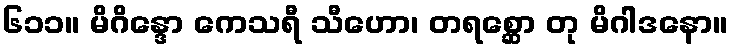
၆၁၁။ မိဂိန္ဒော ကေသရီ သီဟော၊ တရစ္ဆော တု မိဂါဒနော။